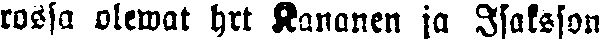
rossa olewat hrt Kananen ja Isaksson